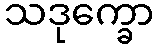
သဒုက္ခော